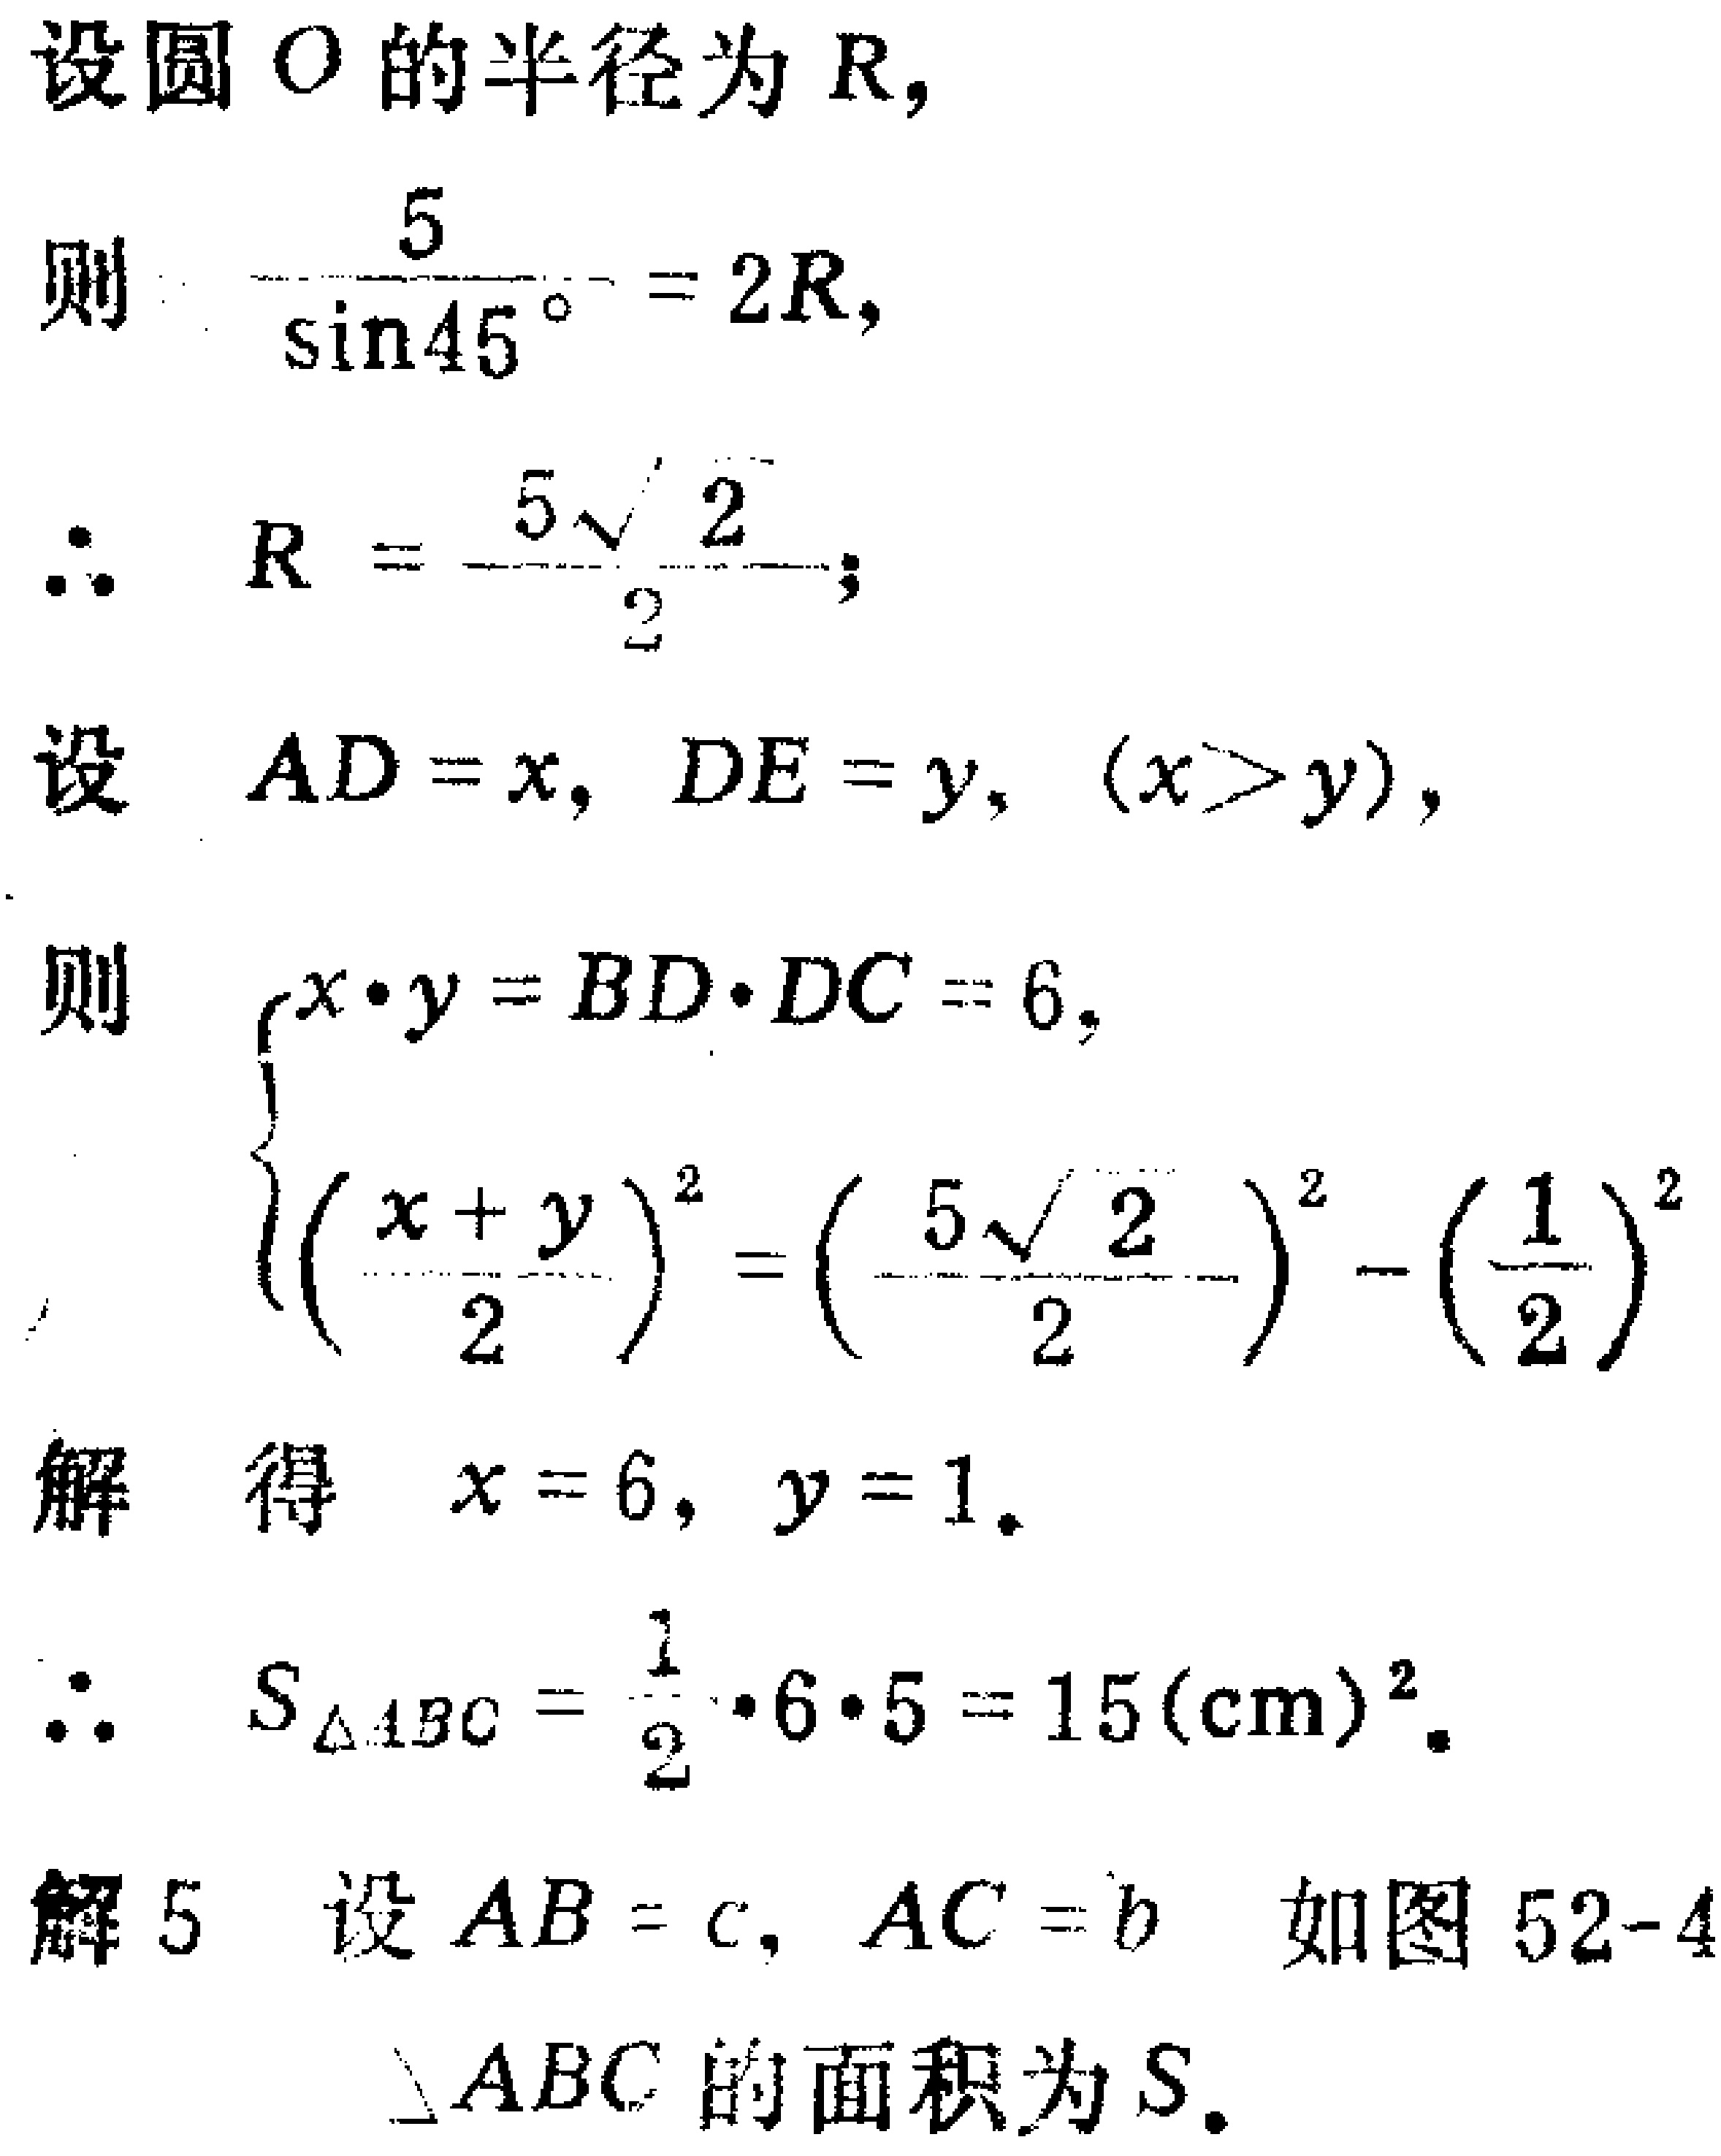
设圆 \(O\) 的半径为 \(R\)，
则 \(\frac{5}{\sin45^{\circ}} = 2R\)，
\(\therefore R = \frac{5\sqrt{2}}{2}\)；
设 \(AD = x\)，\(DE = y\)，\((x > y)\)，
则 \(\begin{cases}x\cdot y = BD\cdot DC = 6,\\(\frac{x + y}{2})^2 = (\frac{5\sqrt{2}}{2})^2 - (\frac{1}{2})^2\end{cases}\)
解得 \(x = 6\)，\(y = 1\)。
\(\therefore S_{\triangle ABC} = \frac{1}{2}\cdot6\cdot5 = 15(\mathrm{cm})^2\)。
解 5 设 \(AB = c\)，\(AC = b\) 如图 52-4
\(\triangle ABC\) 的面积为 \(S\)。